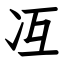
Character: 冱